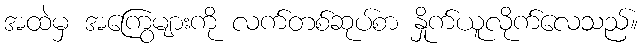
အထဲမှ အကြွေများကို လက်တစ်ဆုပ်စာ နှိုက်ယူလိုက်လေသည်။